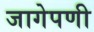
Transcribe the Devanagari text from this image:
जागेपणी